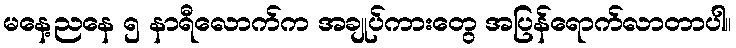
မနေ့ညနေ ၅ နာရီလောက်က အချုပ်ကားတွေ အပြန်ရောက်လာတာပါ။